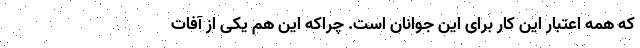
که همه اعتبار این کار برای این جوانان است. چراکه این هم یکی از آفات